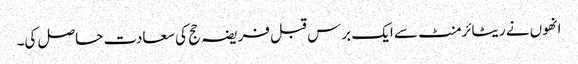
انھوں نے ریٹائرمنٹ سے ایک برس قبل فریضہ حج کی سعادت حاصل کی۔